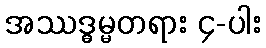
အဿဒ္ဓမ္မတရား ၄-ပါး